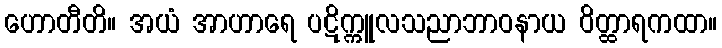
ဟောတီတိ။ အယံ အာဟာရေ ပဋိက္ကူလသညာဘာဝနာယ ဝိတ္ထာရကထာ။